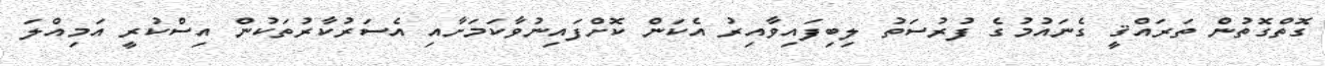
ގޮތްގޮތުން ތަރައްޤީ ގެނައުމުގެ ފުރުސަތު ލިބިފައިވާއިރު އެކަން ކޮށްފައިނުވާކަމަށާއި އެސަރުކާރުތަކުން އިސްކުރީ އަމިއްލަ